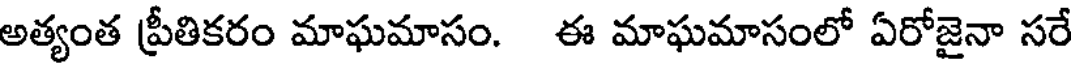
అత్యంత ప్రీతికరం మాఘమాసం. ఈ మాఘమాసంలో ఏరోజైనా సరే